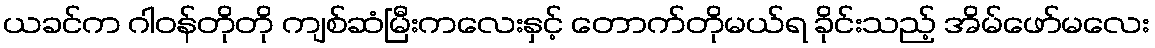
ယခင်က ဂါဝန်တိုတို ကျစ်ဆံမြီးကလေးနှင့် တောက်တိုမယ်ရ ခိုင်းသည့် အိမ်ဖော်မလေး